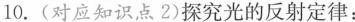
10.(对应知识点2)探究光的反射定律：